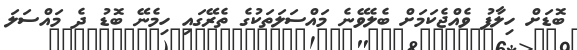
ބޮޑަށް ހިލާފު ވެއްޖެކަމަށް ބެލެވޭނެ މައްސަލަތަކުގެ ތެރޭގައި ހިމެނޭ ބޮޑު ދެ މައްސަލަ